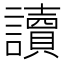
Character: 讀